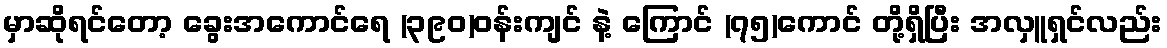
မှာဆိုရင်တော့ ခွေးအကောင်ရေ (၃၉၀)ဝန်းကျင် နဲ့ ကြောင် (၇၅)ကောင် တို့ရှိပြီး အလှူရှင်လည်း